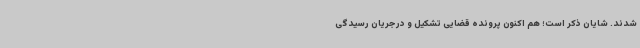
شدند. شایان ذکر است؛ هم اکنون پرونده قضایی تشکیل و درجریان رسیدگی